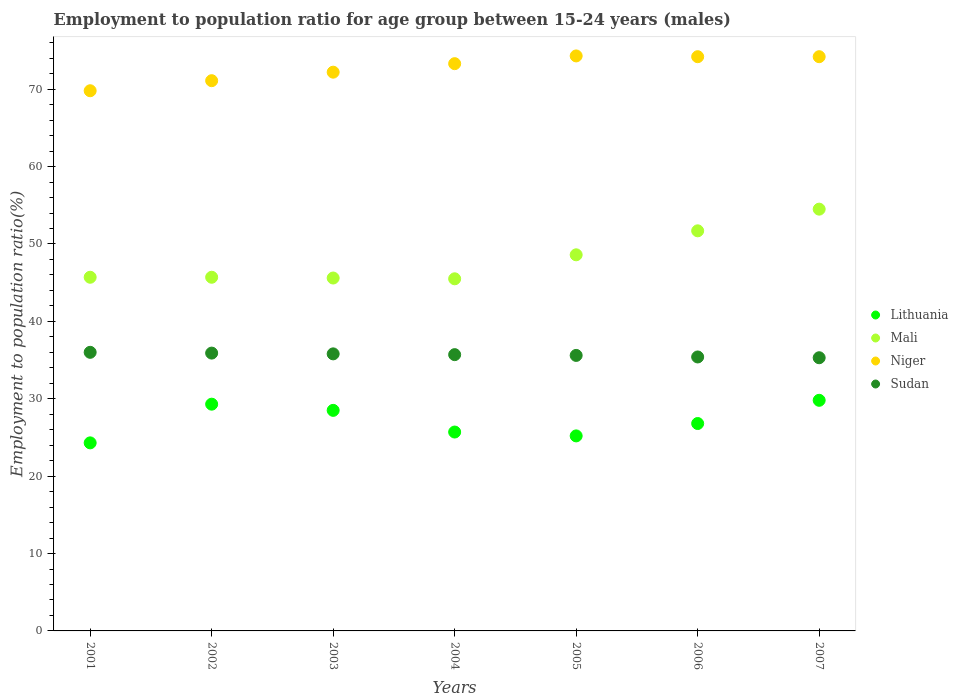
| Years | Lithuania | Mali | Niger | Sudan |
 | --- | --- | --- | --- | --- |
 | 2001 | 24.3 | 45.7 | 69.8 | 36 |
 | 2002 | 29.3 | 45.7 | 71.1 | 35.9 |
 | 2003 | 28.5 | 45.6 | 72.2 | 35.8 |
 | 2004 | 25.7 | 45.5 | 73.3 | 35.7 |
 | 2005 | 25.2 | 48.6 | 74.3 | 35.6 |
 | 2006 | 26.8 | 51.7 | 74.2 | 35.4 |
 | 2007 | 29.8 | 54.5 | 74.2 | 35.3 |